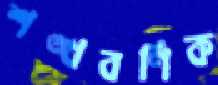
শঙ্খবণিক